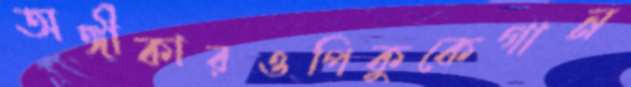
অঙ্গীকারওপিকুকেগান